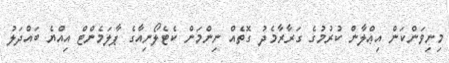
މިނިވަންކަން އިޢްލާން ކުރުމުގެ ގަރާރާމެދު ގޮތެއް ނިންމަން ކެޓެލޯނިއާގެ ޕާލަމެންޓް އިއްޔެ ބައްދަލު